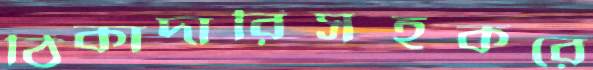
ঠিকাদারিসহকরে